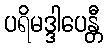
ပရိမဒ္ဒါပေန္တီ